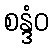
စန္ဒံဝ